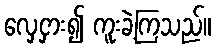
လှေငှား၍ ကူးခဲ့ကြသည်။